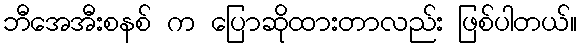
ဘီအေအီးစနစ် က ပြောဆိုထားတာလည်း ဖြစ်ပါတယ်။